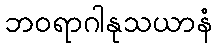
ဘဝရာဂါနုသယာနံ